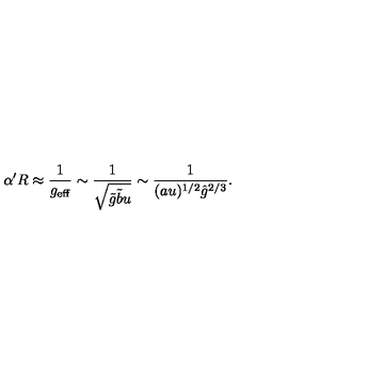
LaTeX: \alpha ^ { \prime } R \approx \frac { 1 } { g _ { \mathrm { e f f } } } \sim \frac { 1 } { \sqrt { \tilde { g } \tilde { b } u } } \sim \frac { 1 } { ( a u ) ^ { 1 / 2 } { \hat { g } } ^ { 2 / 3 } } .